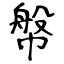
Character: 幋